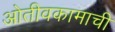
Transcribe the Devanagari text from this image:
ओतीवकामाची